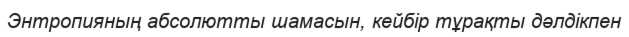
Энтропияның абсолютты шамасын, кейбір тұрақты дәлдікпен